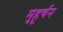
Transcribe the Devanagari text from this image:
मुहूर्चन